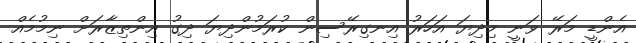
އެންޑީ މަރޭ ވަނީ މިދިޔަ އަހަރު އިނގިރޭސިން ކުރަމުންދިޔަ ދިގު އިންތިޒާރަށް ނިމުމެއް